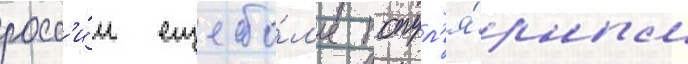
росс'и́и еще бо́л'ее попул'я́рным